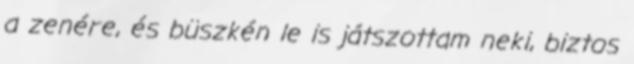
a zenére, és büszkén le is játszottam neki, biztos